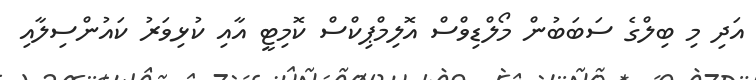
އަދި މި ބިލްގެ ސަބަބުން މޯލްޑިވްސް އޮލިމްޕިކްސް ކޮމިޓީ އާއި ކުޅިވަރު ކައުންސިލާއި